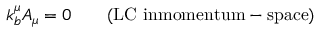
k _ { b } ^ { \mu } A _ { \mu } = 0 \qquad \mathrm { ( L C ~ i n m o m e n t u m - s p a c e ) }